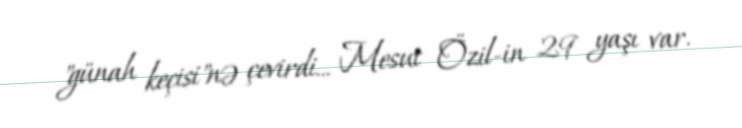
"günah keçisi"nə çevirdi... Mesut Özil-in 29 yaşı var.